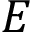
E